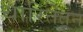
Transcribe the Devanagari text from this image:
धारितेतून